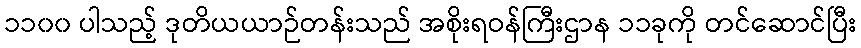
၁၁၀၀ ပါသည့် ဒုတိယယာဉ်တန်းသည် အစိုးရဝန်ကြီးဌာန ၁၁ခုကို တင်ဆောင်ပြီး